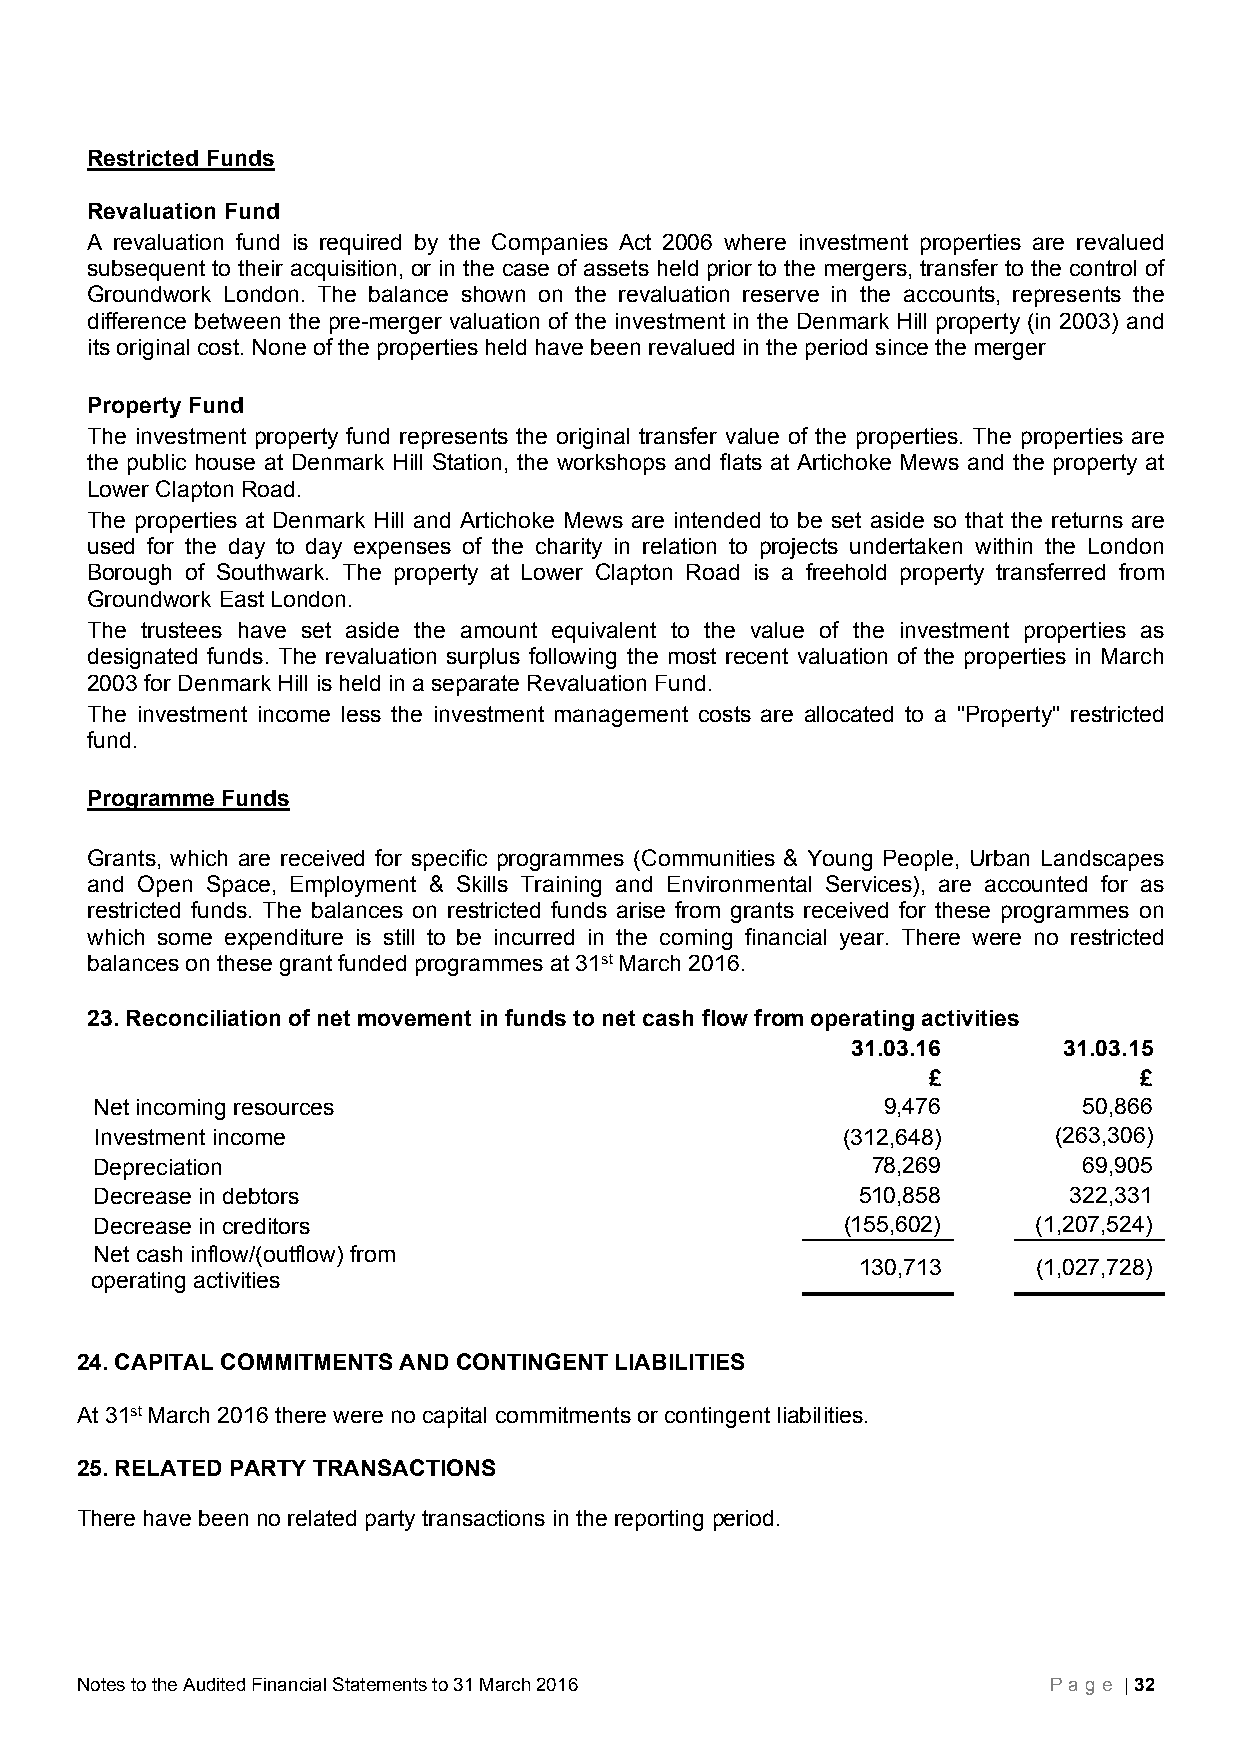
Restricted Funds
 Revaluation Fund
 A revaluation fund is required by the Companies Act 2006 where investment properties are revalued
 subsequent to their acquisition, or in the case of assets held prior to the mergers, transfer to the control of
 Groundwork London. The balance shown on the revaluation reserve in the accounts, represents the
 difference between the pre-merger valuation of the investment in the Denmark Hill property (in 2003) and
 its original cost. None of the properties held have been revalued in the period since the merger
 Property Fund
 The investment property fund represents the original transfer value of the properties. The properties are
 the public house at Denmark Hill Station, the workshops and flats at Artichoke Mews and the property at
 Lower Clapton Road.
 The properties at Denmark Hill and Artichoke Mews are intended to be set aside so that the returns are
 used for the day to day expenses of the charity in relation to projects undertaken within the London
 Borough of Southwark. The property at Lower Clapton Road is a freehold property transferred from
 Groundwork East London.
 The trustees have set aside the amount equivalent to the value of the investment properties as
 designated funds. The revaluation surplus following the most recent valuation of the properties in March
 2003 for Denmark Hill is held in a separate Revaluation Fund.
 The investment income less the investment management costs are allocated to a "Property" restricted
 fund.
 Programme Funds
 Grants, which are received for specific programmes (Communities & Young People, Urban Landscapes
 and Open Space, Employment & Skills Training and Environmental Services), are accounted for as
 restricted funds. The balances on restricted funds arise from grants received for these programmes on
 which some expenditure is still to be incurred in the coming financial year. There were no restricted
 balances on these grant funded programmes at 31st March 2016.
 23. Reconciliation of net movement in funds to net cash flow from operating activities
 31.03.16      31.03.15
 £             £
 Net incoming resources                               9,476        50,866
 Investment income                                 (312,648)     (263,306)
 Depreciation                                        78,269        69,905
 Decrease in debtors                                510,858       322,331
 Decrease in creditors                             (155,602)    (1,207,524)
 Net cash inflow/(outflow) from
 130,713     (1,027,728)
 operating activities
 24. CAPITAL COMMITMENTS AND CONTINGENT LIABILITIES
 At 31st March 2016 there were no capital commitments or contingent liabilities.
 25. RELATED PARTY TRANSACTIONS
 There have been no related party transactions in the reporting period.
 Notes to the Audited Financial Statements to 31 March 2016      Page | 32